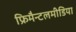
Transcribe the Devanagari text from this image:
फ्रिमैन्टलमीडिया